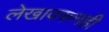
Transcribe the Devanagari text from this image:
लेखावरूनही